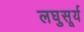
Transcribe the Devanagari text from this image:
लघुसूर्य